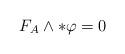
LaTeX: \begin{align*}F_A\wedge\ast\varphi=0\end{align*}